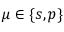
\mu \in \{ s , p \}